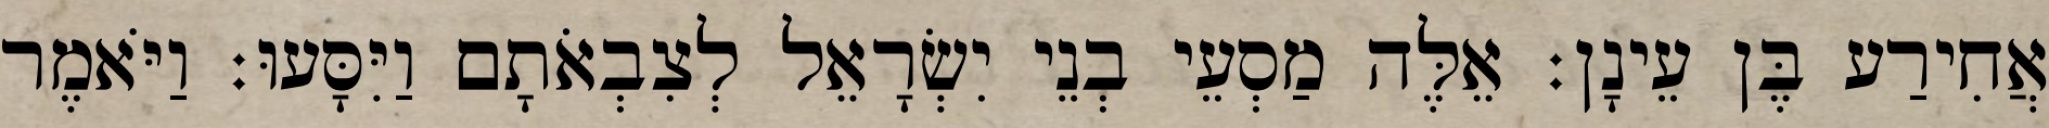
אֲחִירַע בֶּן עֵינָן׃ אֵלֶּה מַסְעֵי בְנֵי יִשְׂרָאֵל לְצִבְאֹתָם וַיִּסָּעוּ׃ וַיֹּאמֶר